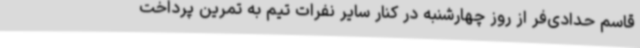
قاسم حدادی‌فر از روز چهارشنبه در کنار سایر نفرات تیم به تمرین پرداخت